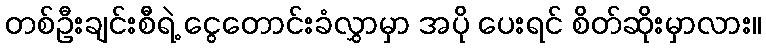
တစ်ဦးချင်းစီရဲ့ ငွေတောင်းခံလွှာမှာ အပို ပေးရင် စိတ်ဆိုးမှာလား။